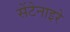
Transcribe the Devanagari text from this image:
सेंटेनाइरे